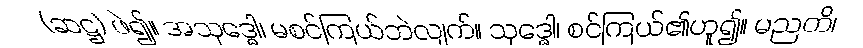
(ဆဋ္ဌ) ဖဲ၍။ အသုဒ္ဓေါ၊ မစင်ကြယ်ဘဲလျက်။ သုဒ္ဓေါ၊ စင်ကြယ်၏ဟူ၍။ မညတိ၊